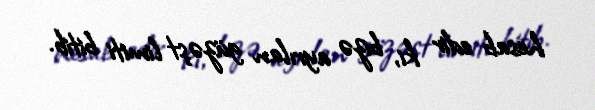
hesab edir ki, bizə ayrılan güzəşt limiti bitib.